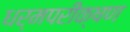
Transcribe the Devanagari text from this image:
धर्मपरीक्षण